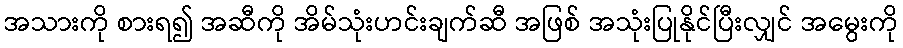
အသားကို စားရ၍ အဆီကို အိမ်သုံးဟင်းချက်ဆီ အဖြစ် အသုံးပြုနိုင်ပြီးလျှင် အမွေးကို